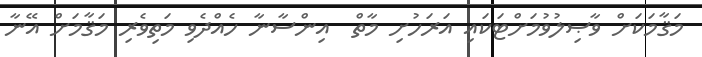
މަޤާމަކަށް ވާޞިލުވުމަށްޓަކައި އަރަހުށި މާތް  އިންސާނާ ހެއްދެވި މަތިވެރި މަޤާމަށް އޭނާ